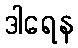
ဒါရေန